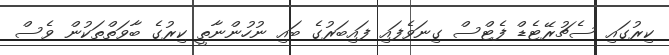
ކިރުގައި ސެޗުރޭޓެޑް ފެޓްސް ގިނަވެފައި ފައިބަރުގެ ބައި ނުހުންނާތީ ކިރުގެ ބާވަތްތަކުން ވެސް